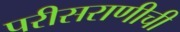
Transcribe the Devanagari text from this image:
परीसराणीची